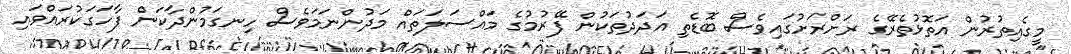
މީގެއިތުރުން އަތޮޅުތެރޭގެ ރަށްރަށުގައިވެސް ބޮޑެތި އަދަދުތަކުން ފޭރުމުގެ މައްސަލަތައް މަދުންނަމަވެސް ހިނގަމުންދާކަން ފާހަގަކުރައްވައި